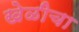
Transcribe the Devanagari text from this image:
खेळीचा